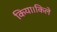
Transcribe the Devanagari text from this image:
किया।किले